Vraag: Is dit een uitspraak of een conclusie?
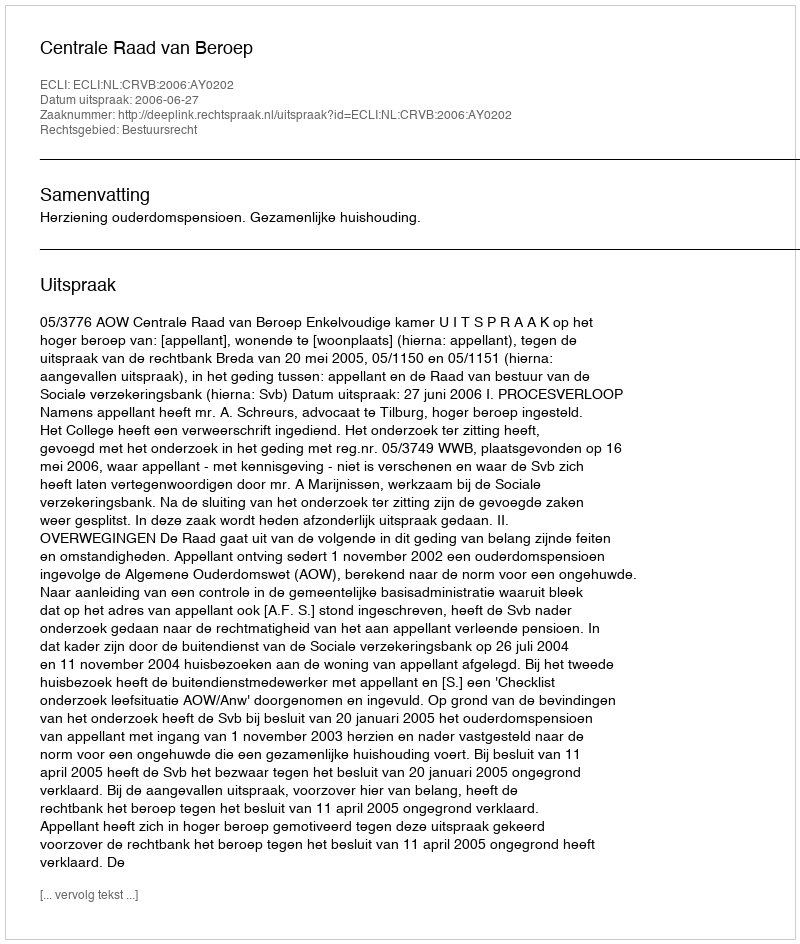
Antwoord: Uitspraak